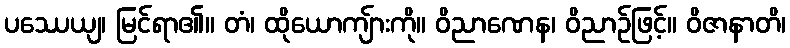
ပဿေယျ၊ မြင်ရာ၏။ တံ၊ ထိုယောကျ်ားကို။ ဝိညာဏေန၊ ဝိညာဉ်ဖြင့်။ ဝိဇာနာတိ၊